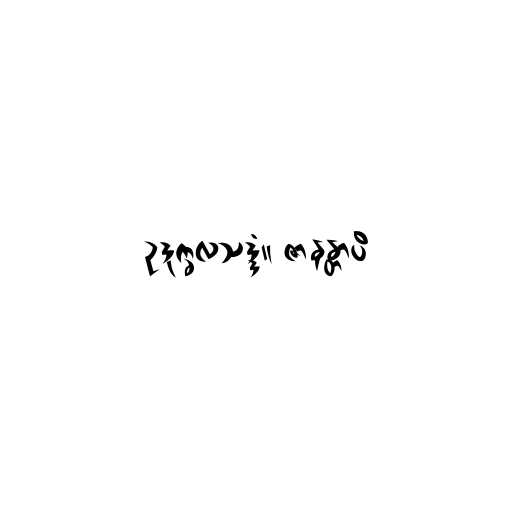
ဥဒုက္ခလသဒ္ဒံ။ ဇာနန္တာပိ